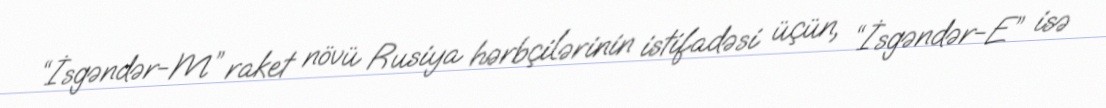
“İsgəndər-M” raket növü Rusiya hərbçilərinin istifadəsi üçün, “İsgəndər-E” isə